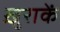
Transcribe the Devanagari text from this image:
ख़ुराकें